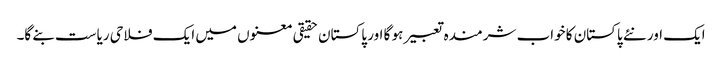
ایک اور نئے پاکستان کا خواب شرمندہ تعبیر ہو گا اور پاکستان حقیقی معنوں میں ایک فلاحی ریاست بنے گا۔